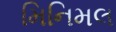
મિનિમલ